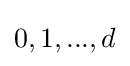
0,1,...,d